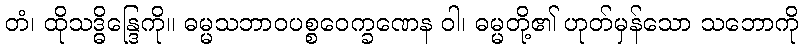
တံ၊ ထိုသဒ္ဓိန္ဒြေကို။ ဓမ္မသဘာဝပစ္စဝေက္ခဏေန ဝါ၊ ဓမ္မတို့၏ ဟုတ်မှန်သော သဘောကို